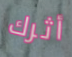
أثرك